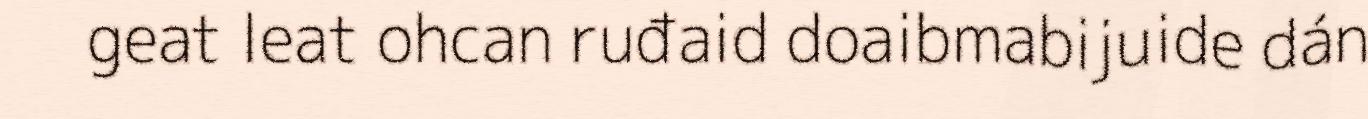
geat leat ohcan ruđaid doaibmabijuide dán